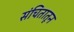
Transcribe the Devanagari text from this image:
संचितातून